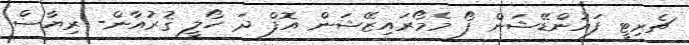
ޗެރިޓީ ފައުންޑޭޝަން ފޯ މެމޯރައިޒޭޝަން އޮފް ދަ ހޯލީ ޤުރުއާން- ރިޔާޟް